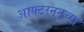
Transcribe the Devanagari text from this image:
आफ्टरनूनच्या